Annual report of the Punjab Veterinary College and of the Civil Veterinary Department, Punjab - 1926-1932
Year: 1926
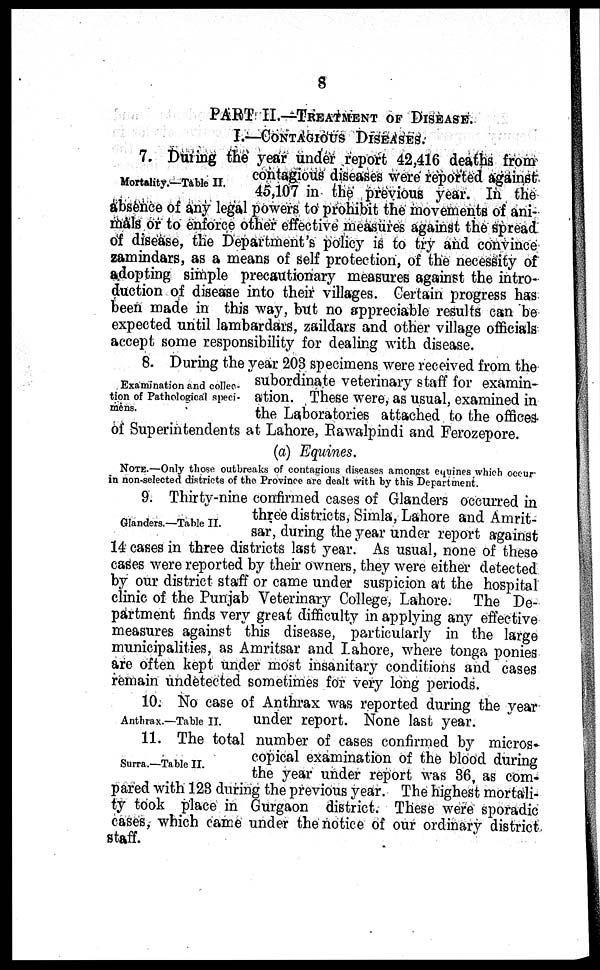
8
PART II.—TREATMENT OF DISEASE.
I.—CONTAGIOUS DISEASES.
Mortality .—Table II.
7. During the year under report 42,416 deaths from
contagious diseases were reported against
45,107 in the previous year. In the
absence of any legal powers to prohibit the movements of ani-
mals or to enforce other effective measures against the spread
of disease, the Department's policy is to try and convince
zamindars, as a means of self protection, of the necessity of
adopting simple precautionary measures against the intro-
duction of disease into their villages. Certain progress has
been made in this way, but no appreciable results can be
expected until lambardars, zaildars and other village officials
accept some responsibility for dealing with disease.
Examination and collec-
tion of Pathological speci-
mens.
8. During the year 203 specimens were received from the
subordinate veterinary staff for examin-
ation. These were, as usual, examined in
the Laboratories attached to the offices
of Superintendents at Lahore, Rawalpindi and Ferozepore.
(a) Equines.
NOTE.—Only those outbreaks of contagious diseases amongst equines which occur
in non-selected districts of the Province are dealt with by this Department.
Glanders.—Table II.
9. Thirty-nine confirmed cases of Glanders occurred in
three districts, Simla, Lahore and Amrit-
sar, during the year under report against
14 cases in three districts last year. As usual, none of these
cases were reported by their owners, they were either detected
by our district staff or came under suspicion at the hospital
clinic of the Punjab Veterinary College, Lahore. The De-
partment finds very great difficulty in applying any effective
measures against this disease, particularly in the large
municipalities, as Amritsar and Lahore, where tonga ponies
are often kept under most insanitary conditions and cases
remain undetected sometimes for very long periods.
Anthrax.—Table II.
10. No case of Anthrax was reported during the year
under report. None last year.
Surra.—Table II.
11. The total number of cases confirmed by micros-
copical examination of the blood during
the year under report was 36, as com-
pared with 123 during the previous year. The highest mortali-
ty took place in Gurgaon district. These were sporadic
cases, which came under the notice of our ordinary district
staff.